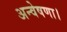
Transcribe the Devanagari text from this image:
अन्वेषणा।